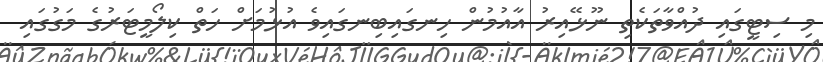
މި ސިޓީގައި ދުއްވާތަކެތި ނޫޅޭއިރު އާއުމުން ހިނގައިބިނގައިވެ އުޅުމަށް ހަތް ކިލޯމީޓަރުގެ މަގުގައި